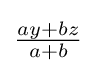
{\textstyle {\frac {ay+bz}{a+b}}}